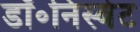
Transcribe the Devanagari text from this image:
डॉ॰निस्बेट